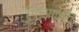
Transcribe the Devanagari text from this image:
मिळाणारी